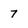
Character: 7